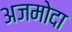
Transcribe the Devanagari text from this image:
अजमोदा